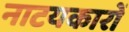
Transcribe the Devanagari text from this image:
नाटयकारों